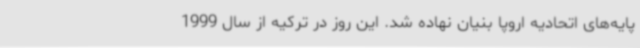
پایه‌های اتحادیه اروپا بنیان نهاده شد. این روز در ترکیه از سال 1999